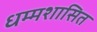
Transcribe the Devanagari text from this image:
धम्मशासित